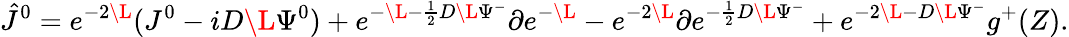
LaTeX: {\hat{J}}^{0}=e^{-2\L}(J^{0}-iD\L\Psi^{0})+e^{-\L-{\frac{1}{2}}D\L\Psi^{-}}\partial e^{-\L}-e^{-2\L}\partial e^{-{\frac{1}{2}}D\L\Psi^{-}}+e^{-2\L-D\L\Psi^{-}}g^{+}(Z).